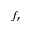
f _ { r }